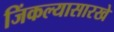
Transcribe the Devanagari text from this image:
जिंकल्यासारखे